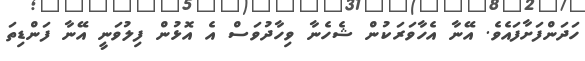
ހަދަންފަށާފައެވެ. އޭނާ އެހާވަރަކުން ޝެހެނާ ވިހާދުވަސް އެ އޮޅުން ފިލުވަނީ އޭނާ ފަންޑިތަ